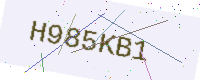
Text: H985KB1